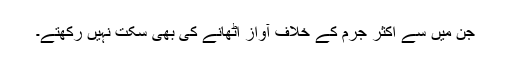
جن میں سے اکثر جرم کے خلاف آواز اٹھانے کی بھی سکت نہیں رکھتے۔